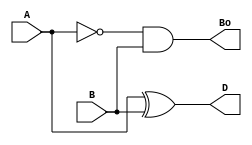
`timescale 1ns / 1ps
//////////////////////////////////////////////////////////////////////////////////
// Company: 
// 
// Design Name: 
// Module Name: FS_HS
// Project Name: 
// Target Devices: 
// Tool Versions: 
// Description: 
// 
// Dependencies: 
// 
// Revision:
// Revision 0.01 - File Created
// Additional Comments:
// 
//////////////////////////////////////////////////////////////////////////////////


module HS(D,Bo,A,B);
input A,B;
output D,Bo;
xor G1(D,A,B);
and G2(Bo,(~A),B);
endmodule


module FS_HS(D,Bo,A,B,Bin);
input A,B,Bin;
output D,Bo;
wire P,Q,R;
HS h1(P,Q,A,B);
HS h2(D,R,P,Bin);
assign Bo=Q|R;
endmodule